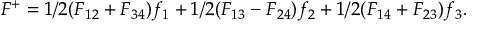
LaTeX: F ^ { + } = 1 / 2 ( F _ { 1 2 } + F _ { 3 4 } ) f _ { 1 } + 1 / 2 ( F _ { 1 3 } - F _ { 2 4 } ) f _ { 2 } + 1 / 2 ( F _ { 1 4 } + F _ { 2 3 } ) f _ { 3 } .